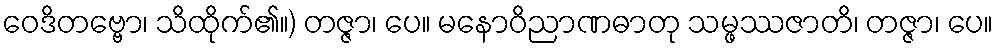
ဝေဒိတဗ္ဗော၊ သိထိုက်၏။) တဇ္ဇာ၊ ပေ။ မနောဝိညာဏဓာတု သမ္ဖဿဇာတိ၊ တဇ္ဇာ၊ ပေ။